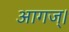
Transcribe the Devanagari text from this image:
आगज्।